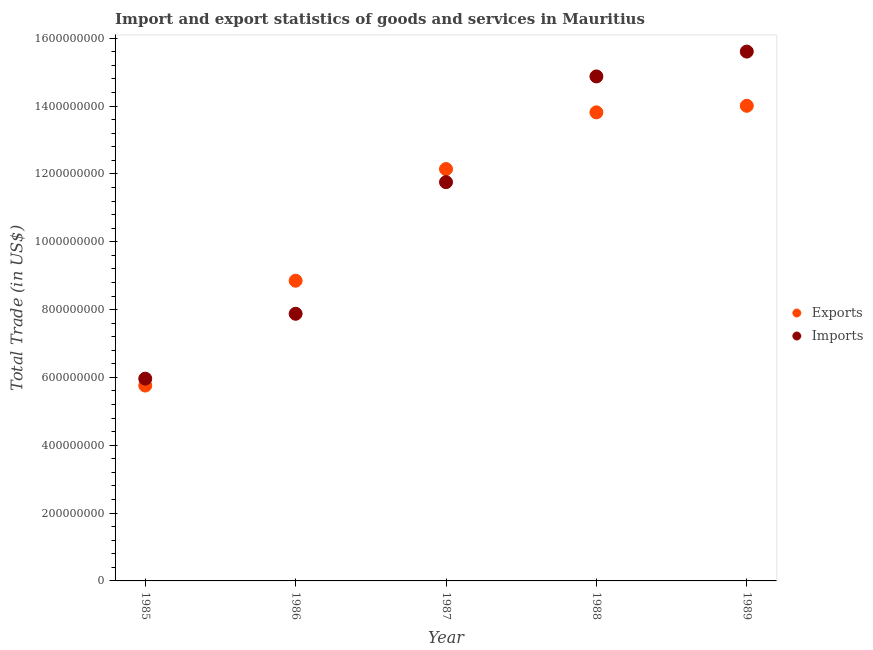
| Year | Exports | Imports |
 | --- | --- | --- |
 | 1985 | 5.76e+08 | 5.96e+08 |
 | 1986 | 8.85e+08 | 7.88e+08 |
 | 1987 | 1.21e+09 | 1.18e+09 |
 | 1988 | 1.38e+09 | 1.49e+09 |
 | 1989 | 1.4e+09 | 1.56e+09 |